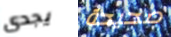
يجدى صحيحة